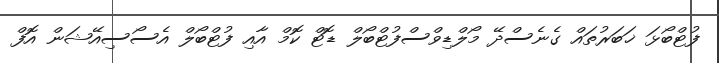
ފުޓްބޯޅަ ޚަބަރުތައް ގެނެސްދޭ މޯލްޑިވްސްފުޓްބޯލް ޑޮޓް ކޮމް އާއި ފުޓްބޯލް އެސޯސިއޭޝަން އޮފް